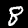
Label: 8